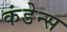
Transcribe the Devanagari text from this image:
कंडेन्स